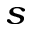
_ { s }